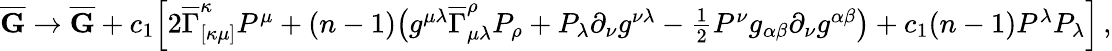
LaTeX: \begin{array}{r}{\overline{{\mathbf{G}}}\rightarrow\overline{{\mathbf{G}}}+c_{1}\Big[2\overline{{\Gamma}}_{[\kappa\mu]}^{\kappa}P^{\mu}+(n-1)\big(g^{\mu\lambda}\overline{{\Gamma}}_{\mu\lambda}^{\rho}P_{\rho}+P_{\lambda}\partial_{\nu}g^{\nu\lambda}-\frac{1}{2}P^{\nu}g_{\alpha\beta}\partial_{\nu}g^{\alpha\beta}\big)+c_{1}(n-1)P^{\lambda}P_{\lambda}\Big]\, ,}\end{array}